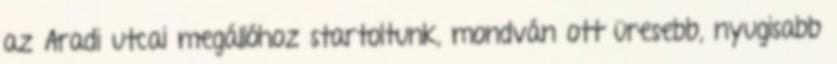
az Aradi utcai megállóhoz startoltunk, mondván ott üresebb, nyugisabb